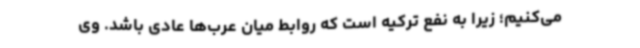
می‌کنیم؛ زیرا به نفع ترکیه است که روابط میان عرب‌ها عادی باشد. وی